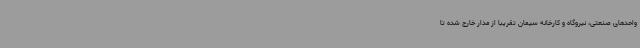
واحدهای صنعتی، نیروگاه و کارخانه سیمان تقریباً از مدار خارج شده تا